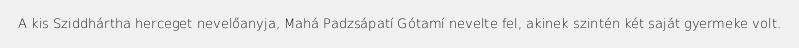
A kis Sziddhártha herceget nevelőanyja, Mahá Padzsápatí Gótamí nevelte fel, akinek szintén két saját gyermeke volt.